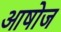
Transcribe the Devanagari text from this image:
आषोज